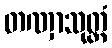
တဏှာသုတ္တံ